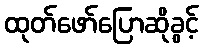
ထုတ်ဖော်ပြောဆိုခွင့်